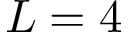
L = 4